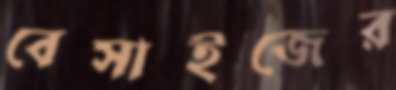
বেসাইজের